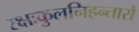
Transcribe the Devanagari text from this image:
रक्षःकुलनिहन्तारौ